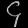
Digit: ၄